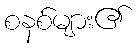
စနစ်များ၏